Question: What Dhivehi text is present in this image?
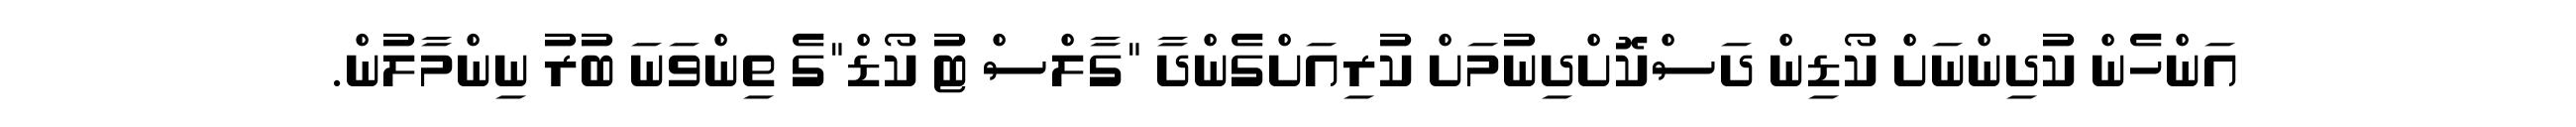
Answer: އަންހެން ކުދިންނަށް ކޯޑިން ދަސްކޮށްދިނުމަށް ކުރިއަށްގެންދާ "ގާލްސް ޓު ކޯޑް"ގެ ތިންވަނަ ބުރު ނިންމާލުން.